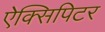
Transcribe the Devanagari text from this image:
ऐक्सिपिटर